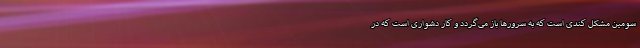
سومین مشکل کندی است که به سرورها باز می‌گردد و کار دشواری است که در